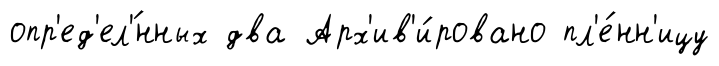
опр'ед'ел'́нных два Арх'ив'и́ровано пл'е́нн'ицу